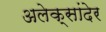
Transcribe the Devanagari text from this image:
अलेक्सांदेर